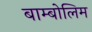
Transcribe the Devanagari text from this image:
बाम्बोलिम